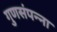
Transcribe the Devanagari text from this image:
गुणसंपन्ना